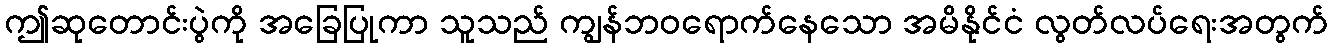
ဤဆုတောင်းပွဲကို အခြေပြုကာ သူသည် ကျွန်ဘဝရောက်နေသော အမိနိုင်ငံ လွတ်လပ်ရေးအတွက်